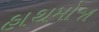
હાથમોજા